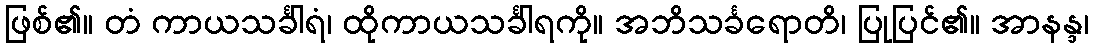
ဖြစ်၏။ တံ ကာယသင်္ခါရံ၊ ထိုကာယသင်္ခါရကို။ အဘိသင်္ခရောတိ၊ ပြုပြင်၏။ အာနန္ဒ၊